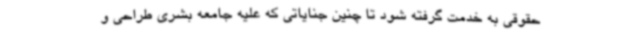
حقوقی به خدمت گرفته شود تا چنین جنایاتی که علیه جامعه بشری طراحی و